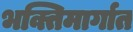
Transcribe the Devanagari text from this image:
भक्तिमार्गात